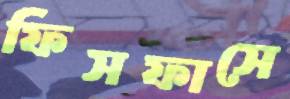
ফিসফাসে